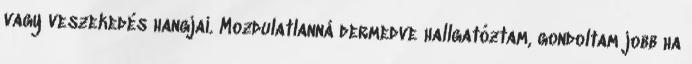
vagy veszekedés hangjai. Mozdulatlanná dermedve hallgatóztam, gondoltam jobb ha